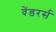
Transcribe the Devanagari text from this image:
वेंडरर्स